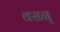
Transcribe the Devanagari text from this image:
वसन्